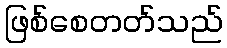
ဖြစ်စေတတ်သည်